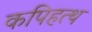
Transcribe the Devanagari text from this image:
कपिहत्थ